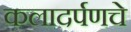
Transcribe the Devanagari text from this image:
कलादर्पणचे